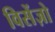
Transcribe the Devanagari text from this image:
विसेंज़ो